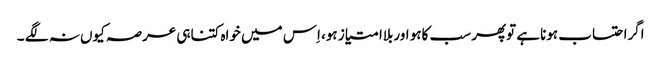
اگراحتساب ہوناہے توپھر سب کاہو اوربلاامتیاز ہو، اِس میں خواہ کتناہی عرصہ کیوں نہ لگے ۔